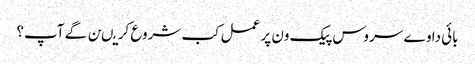
بائی دا وے سروس پیک ون پر عمل کب شروع کریںن گے آپ؟